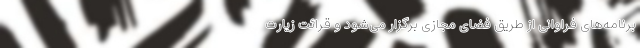
برنامه‌های فراوانی از طریق فضای مجازی برگزار می‌شود و قرائت زیارت